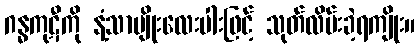
ဂန္ဓကုဋီကို နံ့သာမျိုးလေးပါးဖြင့် သုတ်လိမ်းခဲ့ရကျိုး။